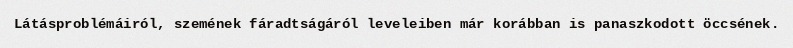
Látásproblémáiról, szemének fáradtságáról leveleiben már korábban is panaszkodott öccsének.